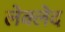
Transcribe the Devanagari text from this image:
लेक्लेद